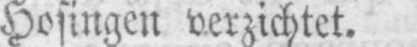
Hosingen verzichtet.